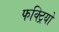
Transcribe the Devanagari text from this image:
फक्ट्रियो